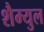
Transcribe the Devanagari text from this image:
शैम्युल